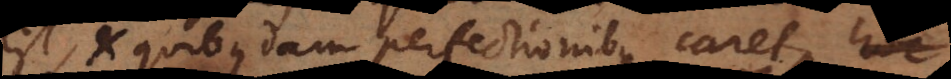
est, et quibusdam perfectionibus caret,